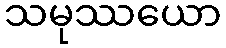
သမုဿယော